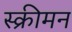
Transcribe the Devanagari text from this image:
स्क्रीमन